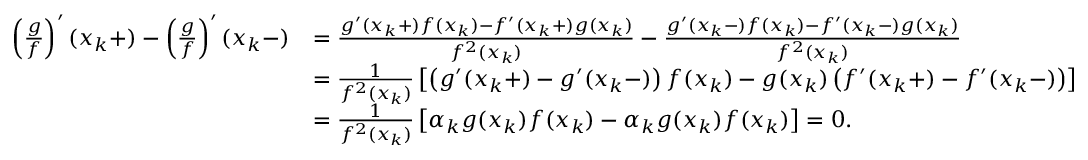
\begin{array} { r l } { \left( \frac { g } { f } \right) ^ { \prime } ( x _ { k } + ) - \left( \frac { g } { f } \right) ^ { \prime } ( x _ { k } - ) } & { = \frac { g ^ { \prime } ( x _ { k } + ) f ( x _ { k } ) - f ^ { \prime } ( x _ { k } + ) g ( x _ { k } ) } { f ^ { 2 } ( x _ { k } ) } - \frac { g ^ { \prime } ( x _ { k } - ) f ( x _ { k } ) - f ^ { \prime } ( x _ { k } - ) g ( x _ { k } ) } { f ^ { 2 } ( x _ { k } ) } } \\ & { = \frac { 1 } { f ^ { 2 } ( x _ { k } ) } \left[ \left( g ^ { \prime } ( x _ { k } + ) - g ^ { \prime } ( x _ { k } - ) \right) f ( x _ { k } ) - g ( x _ { k } ) \left( f ^ { \prime } ( x _ { k } + ) - f ^ { \prime } ( x _ { k } - ) \right) \right] } \\ & { = \frac { 1 } { f ^ { 2 } ( x _ { k } ) } \left[ \alpha _ { k } g ( x _ { k } ) f ( x _ { k } ) - \alpha _ { k } g ( x _ { k } ) f ( x _ { k } ) \right] = 0 . } \end{array}